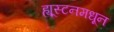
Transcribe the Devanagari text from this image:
ह्यूस्टनमधून